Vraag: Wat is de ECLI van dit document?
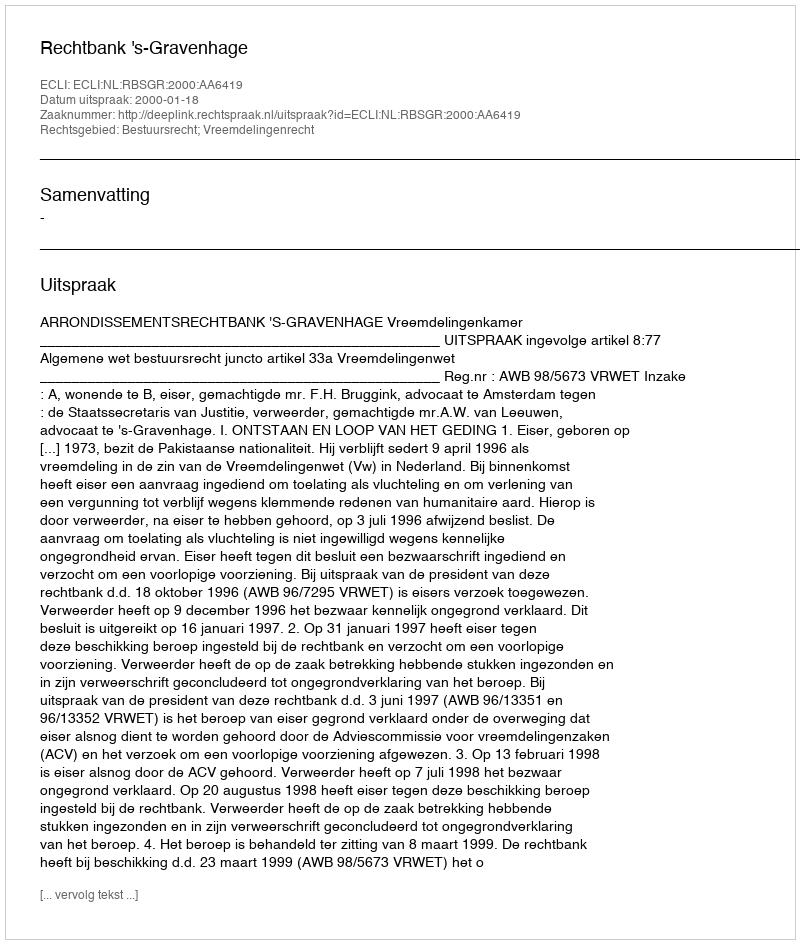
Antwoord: ECLI:NL:RBSGR:2000:AA6419